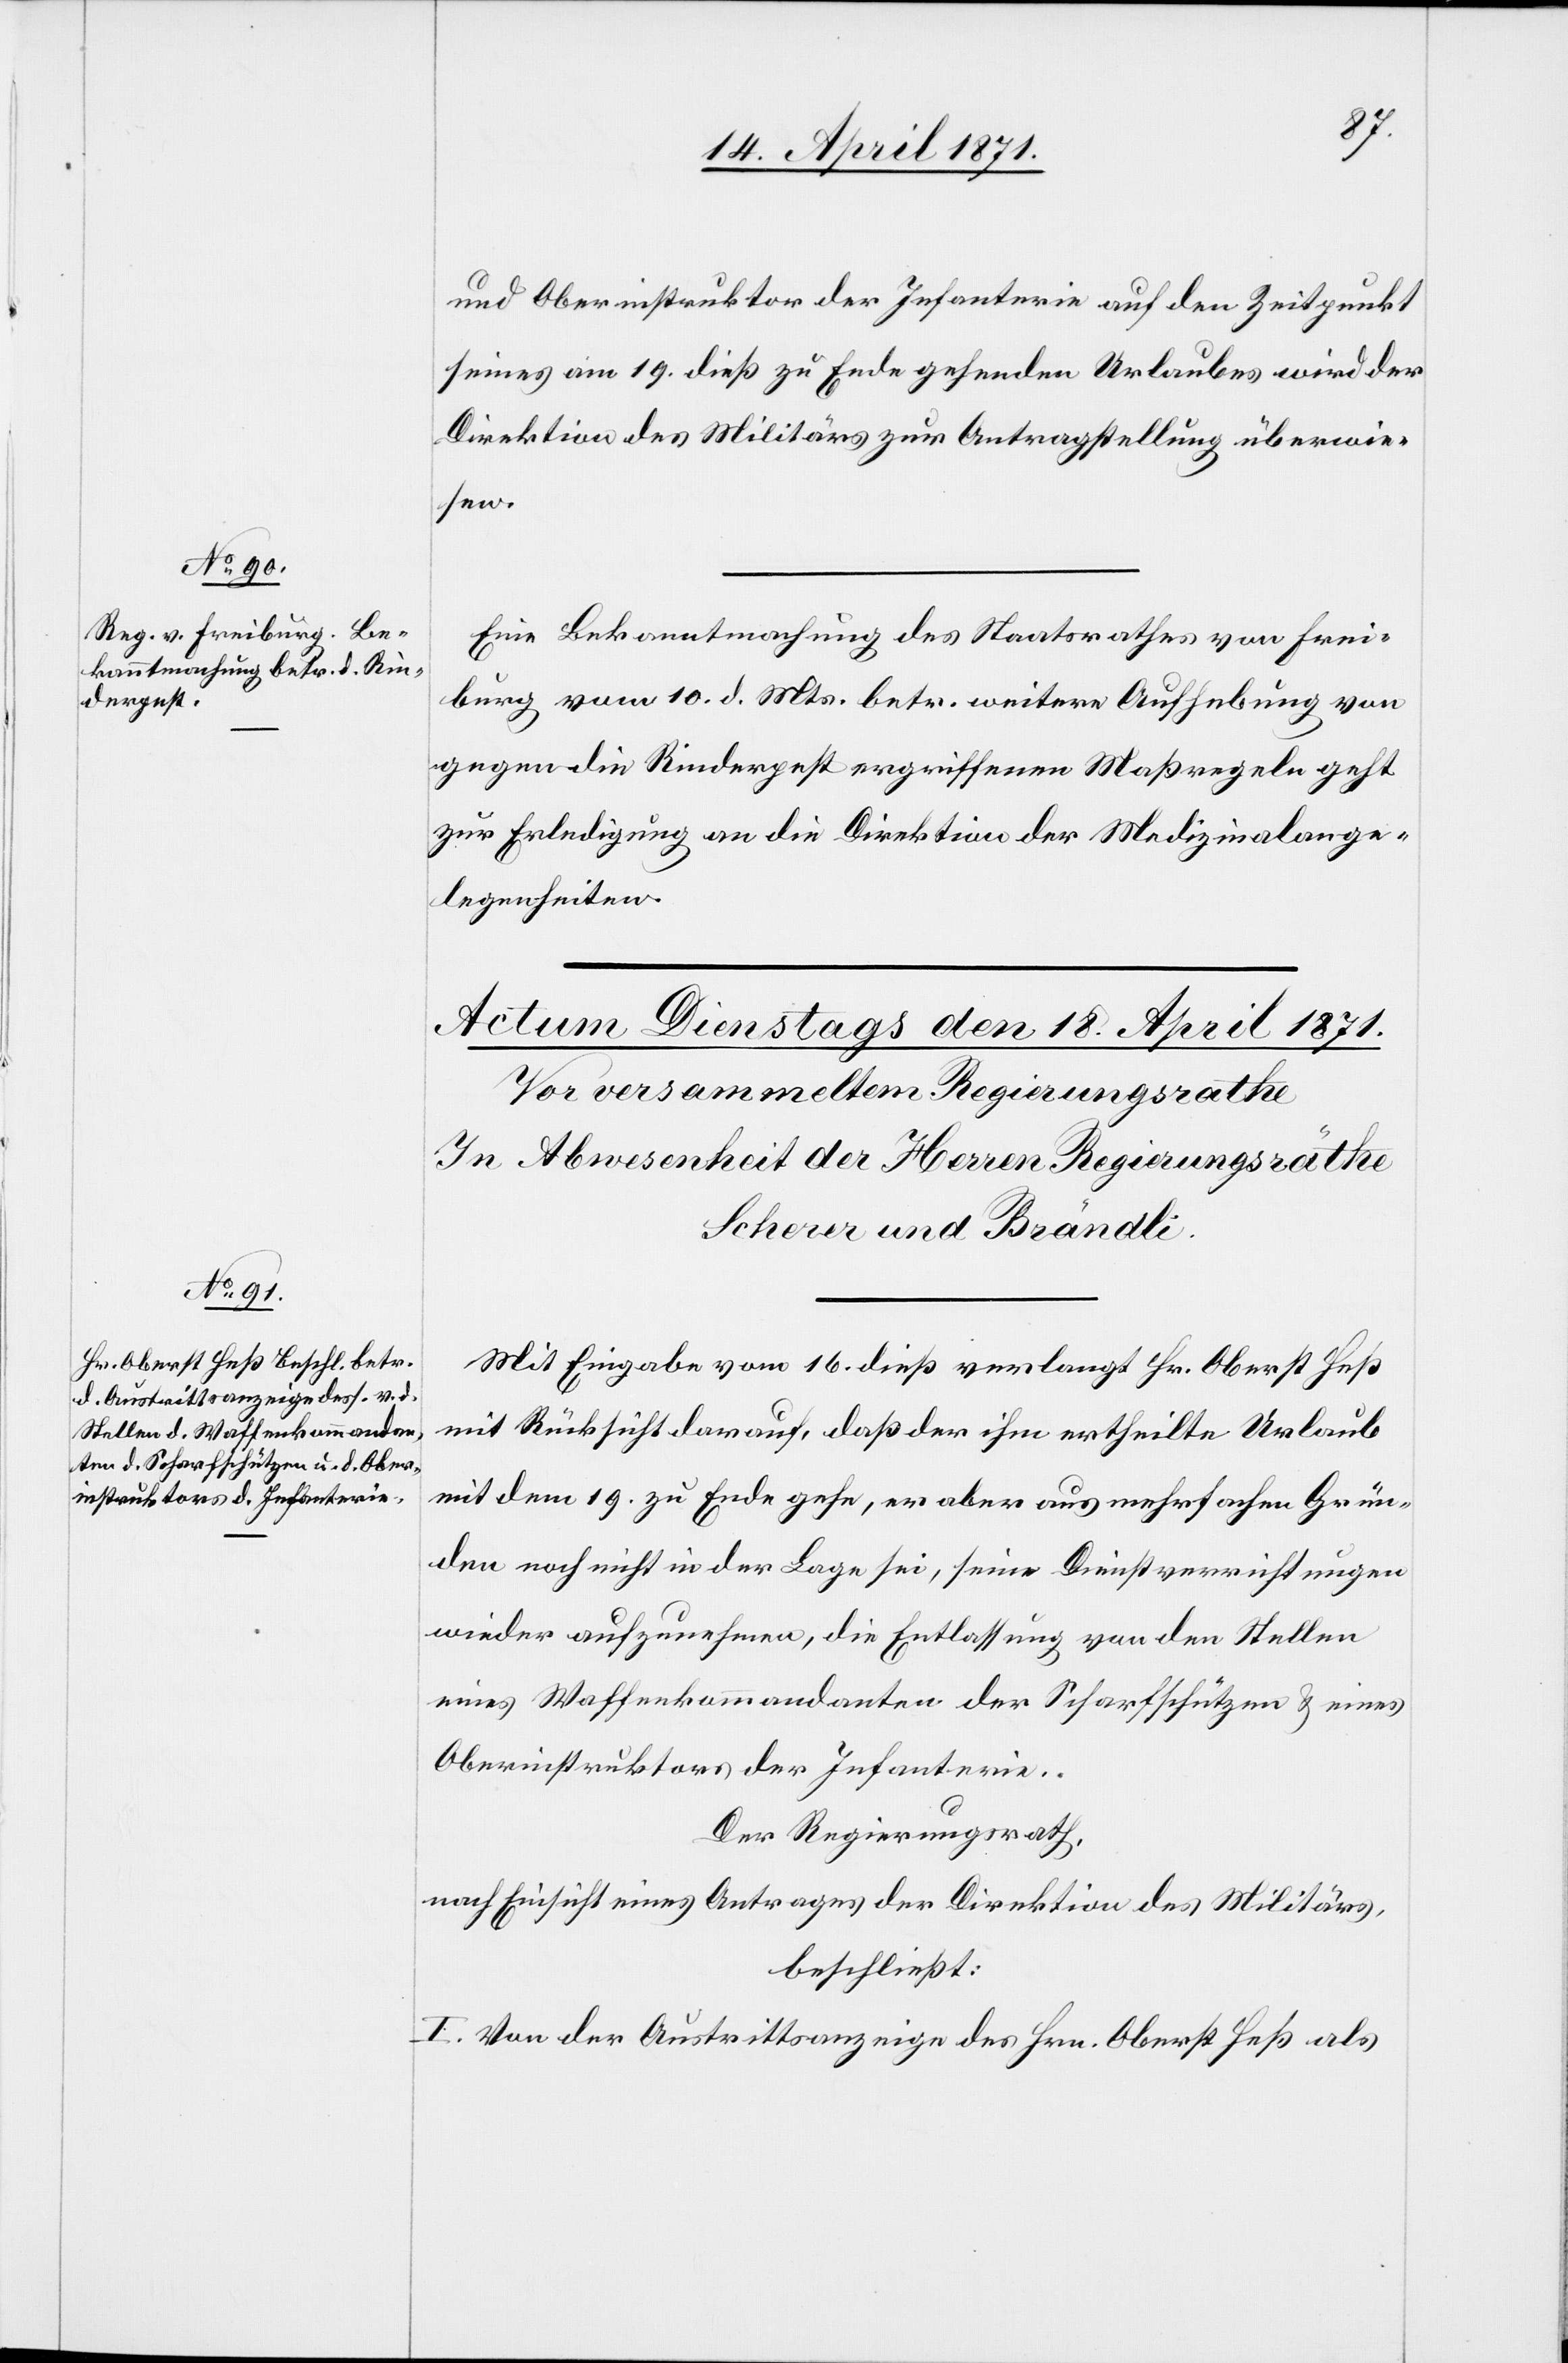
17. April 1871.]
und Oberinstruktor der Infanterie auf den Zeitpunkt
seines am 19. dieß zu Ende gehenden Urlaubes wird der
Direktion des Militärs zur Antragstellung überwie¬
sen.
Eine Bekanntmachung des Staatsrathes von Frei¬
burg vom 10. d. Mts. betr. weitere Aufhebung von
gegen die Rinderpest ergriffenen Maßregeln geht
zur Erledigung an die Direktion der Medizinalange¬
legenheiten.
Mit Eingabe vom 16. dieß verlangt Hr. Oberst Heß
mit Rücksicht darauf, daß der ihm ertheilte Urlaub
mit dem 19. zu Ende gehe, er aber aus mehrfachen Grün¬
den noch nicht in der Lage sei, seine Dienstverrichtungen
wieder aufzunehmen, die Entlassung von den Stellen
eines Waffenkommandanten der Scharfschützen u. eines
Oberinstruktors der Infanterie.
Der Regierungsrath,
nach Einsicht eines Antrages der Direktion des Militärs,
beschließt:
I. Von der Austrittsanzeige des Hrn. Oberst Heß als